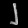
Digit: ၂